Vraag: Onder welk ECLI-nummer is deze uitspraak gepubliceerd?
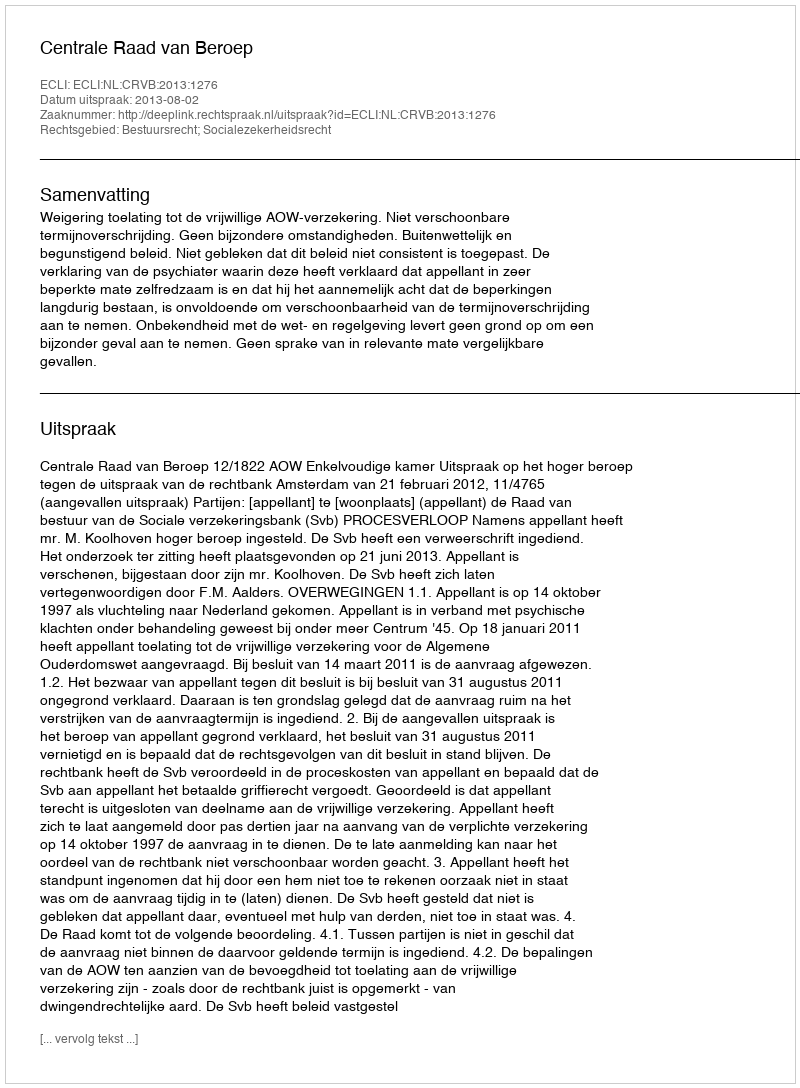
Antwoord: ECLI:NL:CRVB:2013:1276